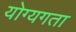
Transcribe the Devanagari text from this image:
योग्यगता